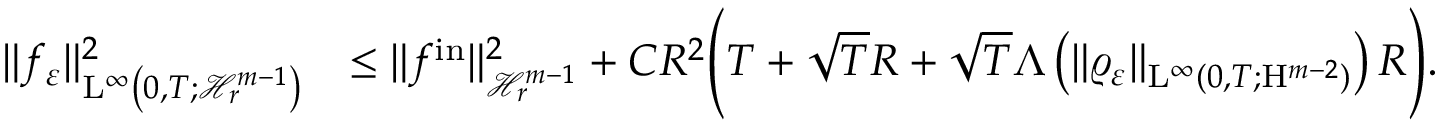
\begin{array} { r l } { \Vert f _ { \varepsilon } \Vert _ { \mathrm { L } ^ { \infty } \left( 0 , T ; \mathcal { H } _ { r } ^ { m - 1 } \right) } ^ { 2 } } & { \leq \Vert f ^ { \mathrm { i n } } \Vert _ { \mathcal { H } _ { r } ^ { m - 1 } } ^ { 2 } + C R ^ { 2 } \Bigg ( T + \sqrt { T } R + \sqrt { T } \Lambda \left( \Vert \varrho _ { \varepsilon } \Vert _ { \mathrm { L } ^ { \infty } ( 0 , T ; \mathrm { H } ^ { m - 2 } ) } \right) R \Bigg ) . } \end{array}